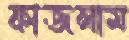
ফাজলাম